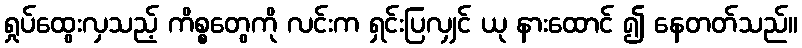
ရှုပ်ထွေးလှသည့် ကိစ္စတွေကို လင်းက ရှင်းပြလျှင် ယု နားထောင် ၍ နေတတ်သည်။